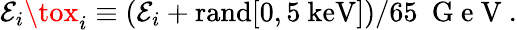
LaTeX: \mathcal{E}_{i}\tox_{i}\equiv(\mathcal{E}_{i}+\mathrm{{rand}}[0,5~\mathrm{{keV}}])/65~\mathrm{{~G~e~V~}}.